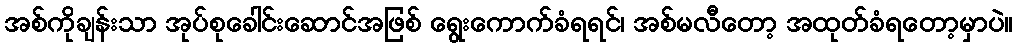
အစ်ကိုချန်းသာ အုပ်စုခေါင်းဆောင်အဖြစ် ရွေးကောက်ခံရရင်၊ အစ်မလီတော့ အထုတ်ခံရတော့မှာပဲ။